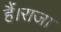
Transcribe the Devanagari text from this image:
हैं।राजा